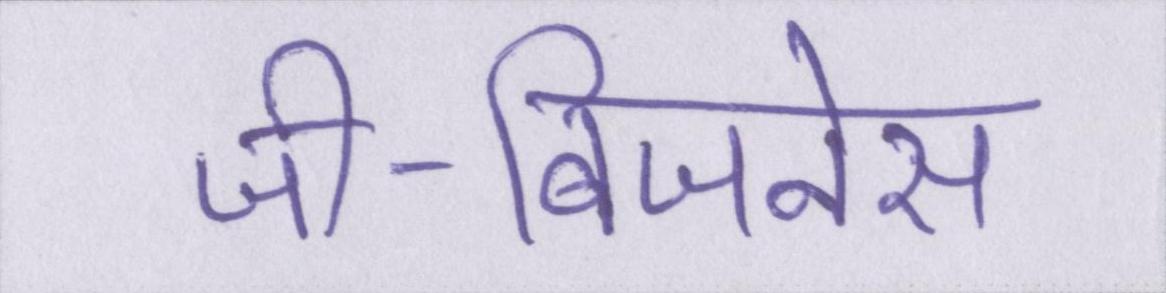
जी-बिजनेस